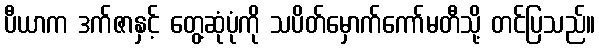
ပီယာက ဒက်ဇာနှင့် တွေ့ဆုံပုံကို သပိတ်မှောက်ကော်မတီသို့ တင်ပြသည်။